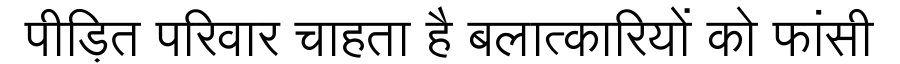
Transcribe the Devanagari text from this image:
पीड़ित परिवार चाहता है बलात्कारियों को फांसी